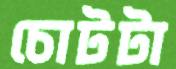
চোটটা